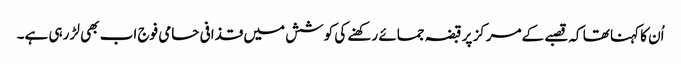
اُن کا کہنا تھا کہ قصبے کےمرکز پر قبضہ جمائے رکھنے کی کوشش میں قذافی حامی فوج اب بھی لڑ رہی ہے۔